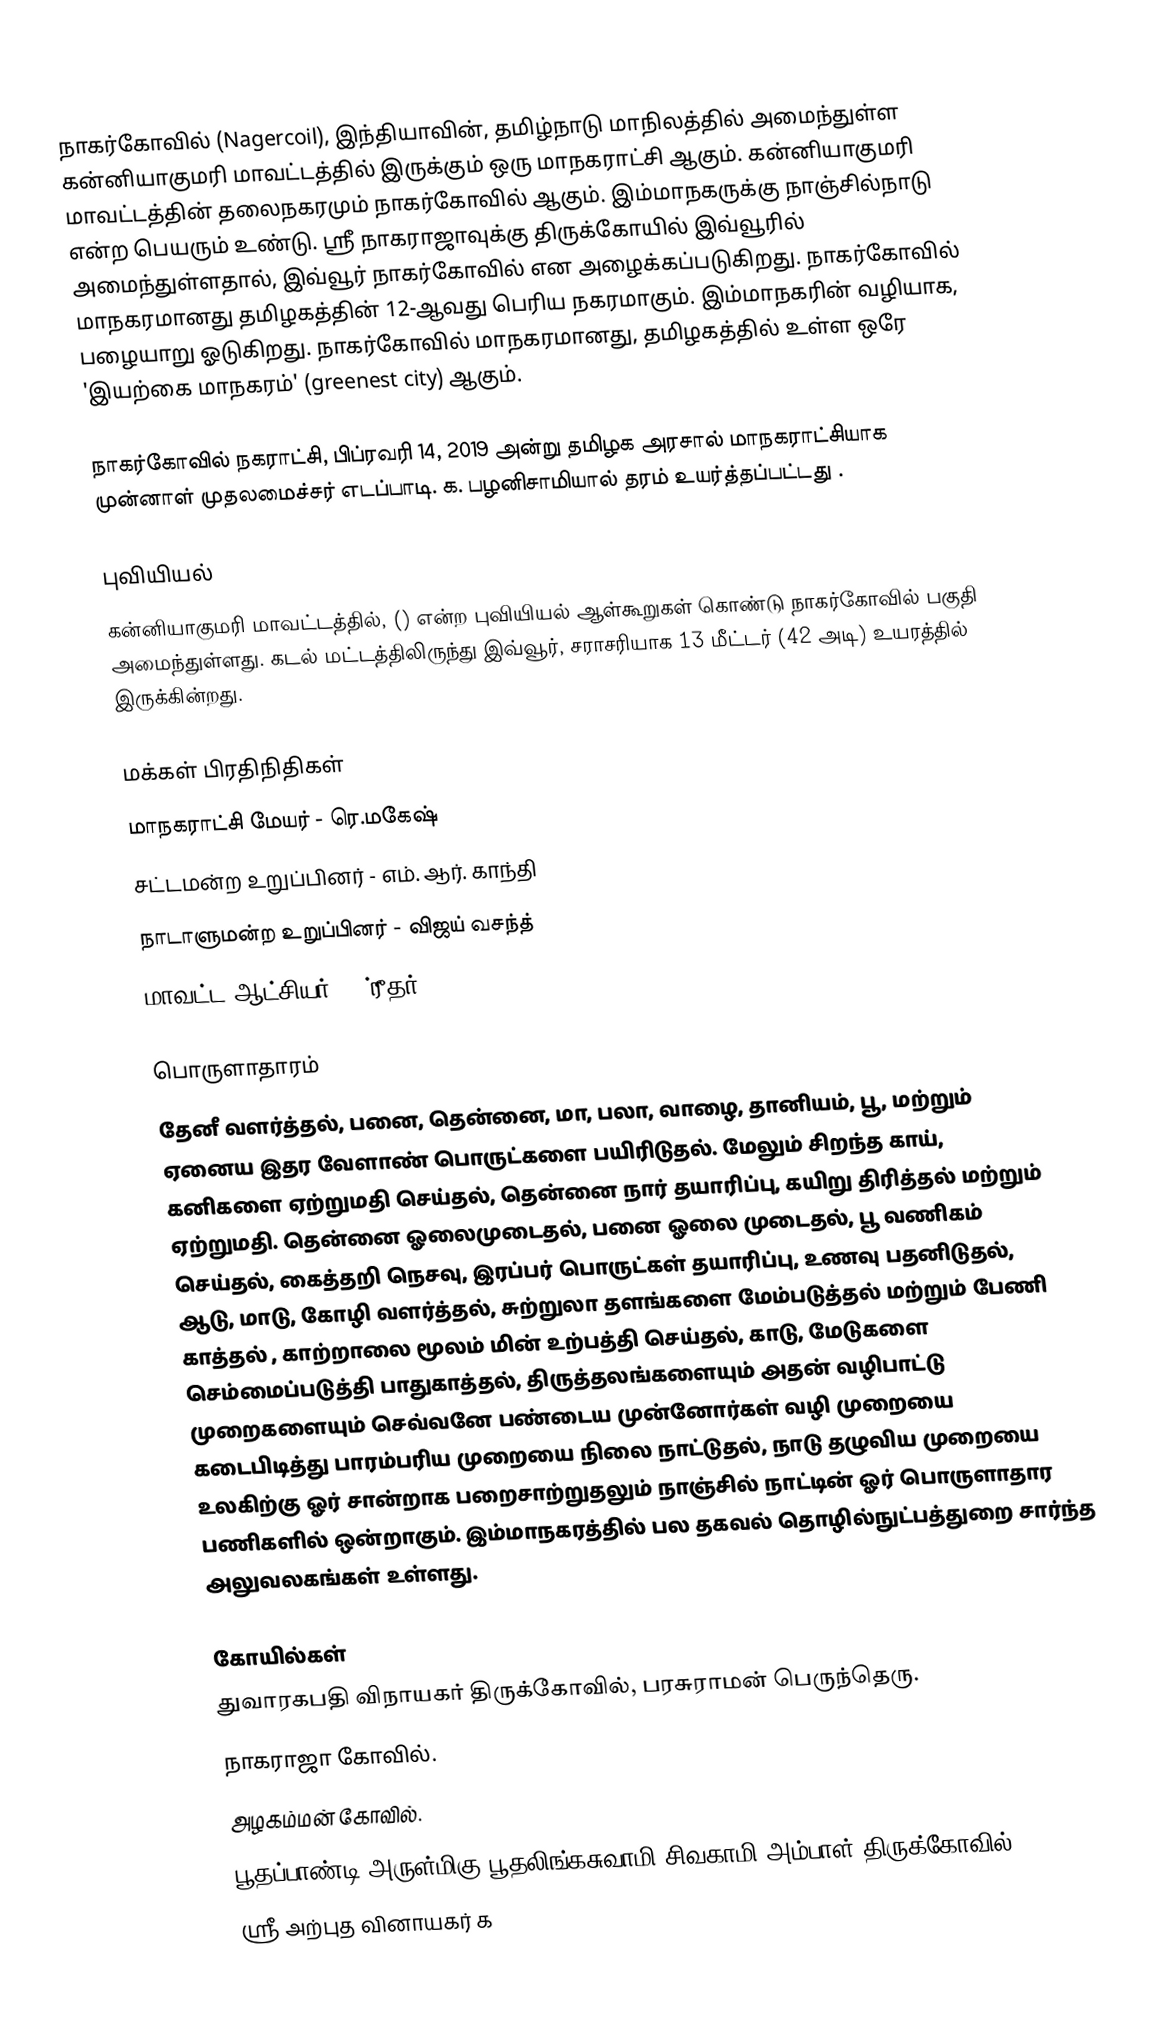
நாகர்கோவில் (Nagercoil), இந்தியாவின், தமிழ்நாடு மாநிலத்தில் அமைந்துள்ள கன்னியாகுமரி மாவட்டத்தில் இருக்கும் ஒரு   மாநகராட்சி ஆகும். கன்னியாகுமரி மாவட்டத்தின் தலைநகரமும் நாகர்கோவில் ஆகும். இம்மாநகருக்கு நாஞ்சில்நாடு என்ற பெயரும் உண்டு. ஸ்ரீ நாகராஜாவுக்கு திருக்கோயில் இவ்வூரில் அமைந்துள்ளதால், இவ்வூர் நாகர்கோவில் என அழைக்கப்படுகிறது. நாகர்கோவில் மாநகரமானது தமிழகத்தின் 12-ஆவது பெரிய நகரமாகும். இம்மாநகரின் வழியாக, பழையாறு ஓடுகிறது. நாகர்கோவில் மாநகரமானது, தமிழகத்தில் உள்ள ஒரே 'இயற்கை மாநகரம்' (greenest city) ஆகும்.

நாகர்கோவில் நகராட்சி, பிப்ரவரி 14, 2019 அன்று தமிழக அரசால் மாநகராட்சியாக  முன்னாள் முதலமைச்சர் எடப்பாடி. க. பழனிசாமியால் தரம் உயர்த்தப்பட்டது .

புவியியல்
கன்னியாகுமரி மாவட்டத்தில், () என்ற புவியியல் ஆள்கூறுகள் கொண்டு நாகர்கோவில் பகுதி அமைந்துள்ளது. கடல் மட்டத்திலிருந்து இவ்வூர், சராசரியாக 13 மீட்டர் (42 அடி) உயரத்தில் இருக்கின்றது.

மக்கள் பிரதிநிதிகள்
மாநகராட்சி மேயர் - ரெ.மகேஷ்
சட்டமன்ற உறுப்பினர் - எம். ஆர். காந்தி
நாடாளுமன்ற உறுப்பினர் - விஜய் வசந்த்
மாவட்ட ஆட்சியர் - ஶ்ரீதர்

பொருளாதாரம்
தேனீ வளர்த்தல், பனை, தென்னை, மா, பலா, வாழை, தானியம், பூ, மற்றும் ஏனைய இதர வேளாண் பொருட்களை பயிரிடுதல். மேலும் சிறந்த காய், கனிகளை ஏற்றுமதி செய்தல், தென்னை நார் தயாரிப்பு, கயிறு திரித்தல் மற்றும் ஏற்றுமதி. தென்னை ஓலைமுடைதல், பனை ஓலை முடைதல்,  பூ வணிகம் செய்தல், கைத்தறி நெசவு, இரப்பர் பொருட்கள் தயாரிப்பு, உணவு பதனிடுதல், ஆடு, மாடு, கோழி வளர்த்தல், சுற்றுலா தளங்களை மேம்படுத்தல் மற்றும் பேணி காத்தல் , காற்றாலை மூலம் மின் உற்பத்தி செய்தல், காடு, மேடுகளை  செம்மைப்படுத்தி பாதுகாத்தல், திருத்தலங்களையும் அதன் வழிபாட்டு முறைகளையும் செவ்வனே பண்டைய முன்னோர்கள் வழி முறையை கடைபிடித்து பாரம்பரிய முறையை நிலை நாட்டுதல், நாடு தழுவிய முறையை உலகிற்கு ஓர் சான்றாக பறைசாற்றுதலும் நாஞ்சில் நாட்டின் ஓர் பொருளாதார பணிகளில் ஒன்றாகும். இம்மாநகரத்தில் பல தகவல் தொழில்நுட்பத்துறை சார்ந்த அலுவலகங்கள் உள்ளது.

கோயில்கள்
 துவாரகபதி விநாயகர் திருக்கோவில், பரசுராமன் பெருந்தெரு.
 நாகராஜா கோவில்.
 அழகம்மன் கோவில்.
 பூதப்பாண்டி அருள்மிகு பூதலிங்கசுவாமி சிவகாமி அம்பாள் திருக்கோவில்
 ஸ்ரீ அற்புத வினாயகர் க